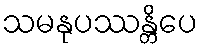
သမနုပဿန္တိပေ